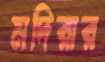
মদিরার